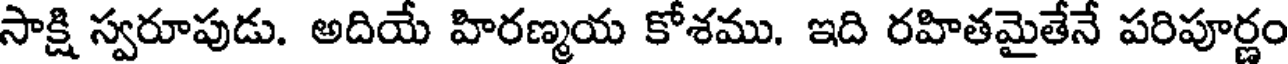
సాక్షి స్వరూపుడు. అదియే హిరణ్మయ కోశము. ఇది రహితమైతేనే పరిపూర్ణం